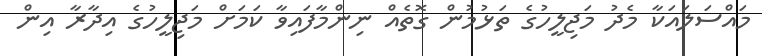
މައްސަލައަކާ މެދު މަޖިލީހުގެ ތަޅުމުން ގޮތެއް ނިންމާފައިވާ ކަމަށް މަޖިލީހުގެ އިދާރާ އިން